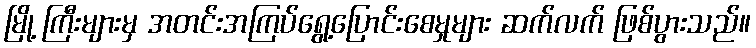
မြို့ ကြီးများမှ အတင်းအကြပ်ရွေ့ပြောင်းစေမှုများ ဆက်လက် ဖြစ်ပွားသည်။